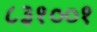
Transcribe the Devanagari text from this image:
८३१००१